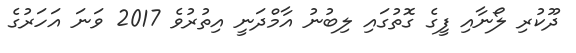
ދޫކުރި ލޯނާއި ފީގެ ގޮތުގައި ލިބުނު އާމްދަނީ އިތުރުވެ 2017 ވަނަ އަހަރުގެ